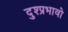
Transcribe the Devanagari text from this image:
दुश्प्रभावो